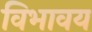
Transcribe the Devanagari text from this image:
विभावय